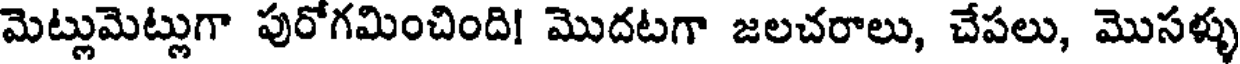
మెట్లుమెట్లుగా పురోగమించింది! మొదటగా జలచరాలు, చేపలు, మొసళ్ళు